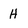
Character: H